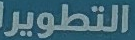
التطوير